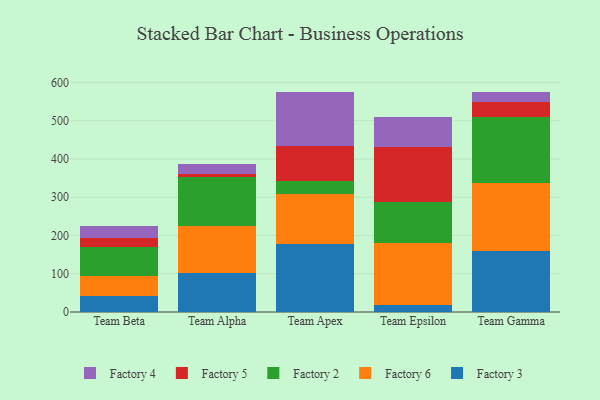
{"axis": {"x": "Team", "y": "Population (Million)"}, "legend": ["Factory 2", "Factory 3", "Factory 4", "Factory 5", "Factory 6"], "data": [{"x": "Team Beta", "y": 42.4, "type": "Factory 3"}, {"x": "Team Beta", "y": 50.9, "type": "Factory 6"}, {"x": "Team Beta", "y": 75.6, "type": "Factory 2"}, {"x": "Team Beta", "y": 24.6, "type": "Factory 5"}, {"x": "Team Beta", "y": 30.3, "type": "Factory 4"}, {"x": "Team Alpha", "y": 101.0, "type": "Factory 3"}, {"x": "Team Alpha", "y": 124.0, "type": "Factory 6"}, {"x": "Team Alpha", "y": 126.9, "type": "Factory 2"}, {"x": "Team Alpha", "y": 9.0, "type": "Factory 5"}, {"x": "Team Alpha", "y": 25.9, "type": "Factory 4"}, {"x": "Team Apex", "y": 176.8, "type": "Factory 3"}, {"x": "Team Apex", "y": 130.9, "type": "Factory 6"}, {"x": "Team Apex", "y": 35.3, "type": "Factory 2"}, {"x": "Team Apex", "y": 90.2, "type": "Factory 5"}, {"x": "Team Apex", "y": 141.5, "type": "Factory 4"}, {"x": "Team Epsilon", "y": 18.0, "type": "Factory 3"}, {"x": "Team Epsilon", "y": 162.1, "type": "Factory 6"}, {"x": "Team Epsilon", "y": 107.9, "type": "Factory 2"}, {"x": "Team Epsilon", "y": 142.8, "type": "Factory 5"}, {"x": "Team Epsilon", "y": 78.3, "type": "Factory 4"}, {"x": "Team Gamma", "y": 158.4, "type": "Factory 3"}, {"x": "Team Gamma", "y": 179.7, "type": "Factory 6"}, {"x": "Team Gamma", "y": 170.9, "type": "Factory 2"}, {"x": "Team Gamma", "y": 39.0, "type": "Factory 5"}, {"x": "Team Gamma", "y": 28.0, "type": "Factory 4"}]}